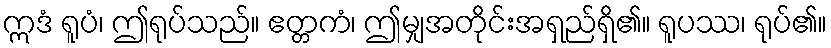
ဣဒံ ရူပံ၊ ဤရုပ်သည်။ ဧတ္တကံ၊ ဤမျှအတိုင်းအရှည်ရှိ၏။ ရူပဿ၊ ရုပ်၏။